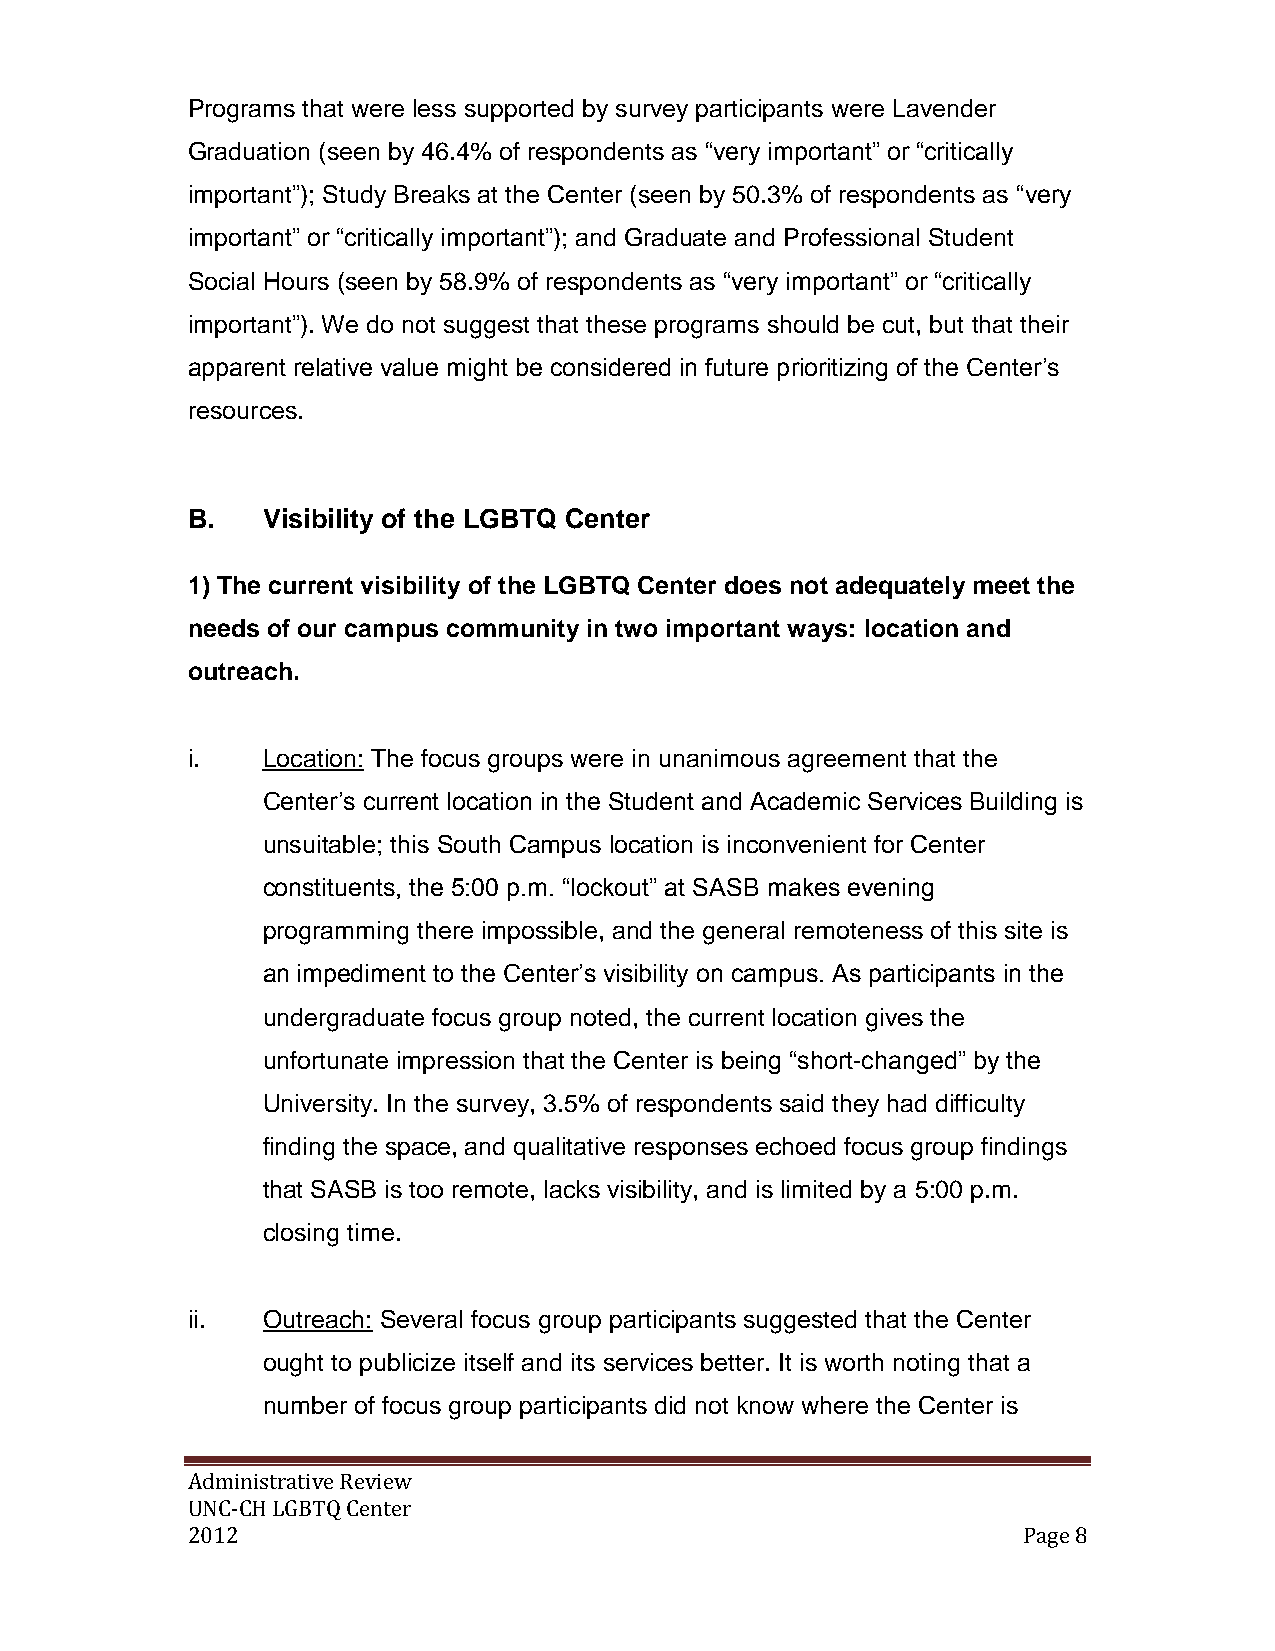
Programs that were less supported by survey participants were Lavender
 Graduation (seen by 46.4% of respondents as “very important” or “critically
 important”); Study Breaks at the Center (seen by 50.3% of respondents as “very
 important” or “critically important”); and Graduate and Professional Student
 Social Hours (seen by 58.9% of respondents as “very important” or “critically
 important”). We do not suggest that these programs should be cut, but that their
 apparent relative value might be considered in future prioritizing of the Center’s
 resources.
 B.   Visibility of the LGBTQ Center
 1) The current visibility of the LGBTQ Center does not adequately meet the
 needs of our campus community in two important ways: location and
 outreach.
 i.   Location: The focus groups were in unanimous agreement that the
 Center’s current location in the Student and Academic Services Building is
 unsuitable; this South Campus location is inconvenient for Center
 constituents, the 5:00 p.m. “lockout” at SASB makes evening
 programming there impossible, and the general remoteness of this site is
 an impediment to the Center’s visibility on campus. As participants in the
 undergraduate focus group noted, the current location gives the
 unfortunate impression that the Center is being “short-changed” by the
 University. In the survey, 3.5% of respondents said they had difficulty
 finding the space, and qualitative responses echoed focus group findings
 that SASB is too remote, lacks visibility, and is limited by a 5:00 p.m.
 closing time.
 ii.  Outreach: Several focus group participants suggested that the Center
 ought to publicize itself and its services better. It is worth noting that a
 number of focus group participants did not know where the Center is
 Administrative Review
 UNC-CH LGBTQ Center
 2012                                                    Page 8